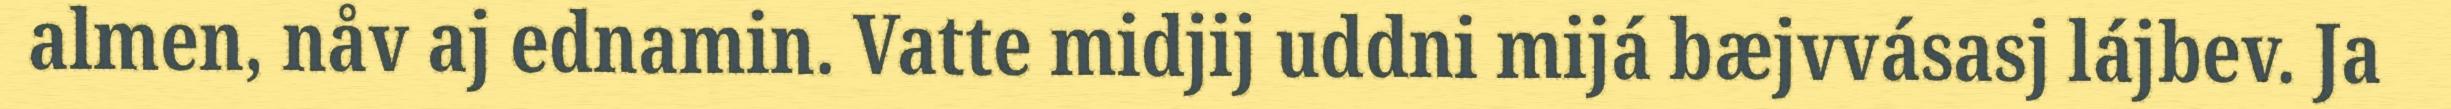
almen, nåv aj ednamin. Vatte midjij uddni mijá bæjvvásasj lájbev. Ja